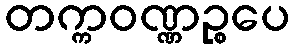
တက္ကဝဏ္ဏဉ္စပေ